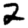
Digit: 2